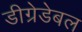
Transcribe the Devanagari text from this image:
डीग्रेडेबल